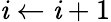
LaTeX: \mathit{i}\leftarrow\mathit{i}+1